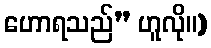
ဟောရသည်” ဟူလို။)